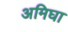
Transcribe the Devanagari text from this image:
अमिघा